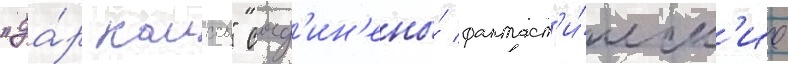
"да́р каиссы" соед'ин'ены́ фантаст'и́ческ'ие